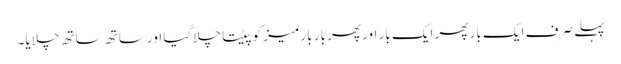
پہلے صرف ایک بار پھر ایک بار اور پھر بار بار میز کو پیٹتا چلا گیا اور ساتھ ساتھ چلایا۔